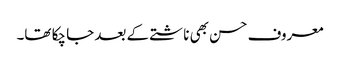
معروف حسن بھی ناشتے کے بعد جا چکا تھا۔